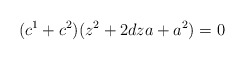
\begin{align*}( c^{1} + c^{2} ) ( z^{2} + 2 d z a + a^{2} ) = 0\end{align*}